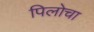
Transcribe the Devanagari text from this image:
पिलोचा